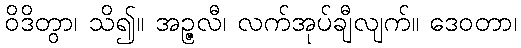
ဝိဒိတွာ၊ သိ၍။ အဉ္ဇလီ၊ လက်အုပ်ချီလျက်။ ဒေဝတာ၊